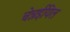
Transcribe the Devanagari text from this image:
चेन्नईयिल